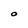
Character: O